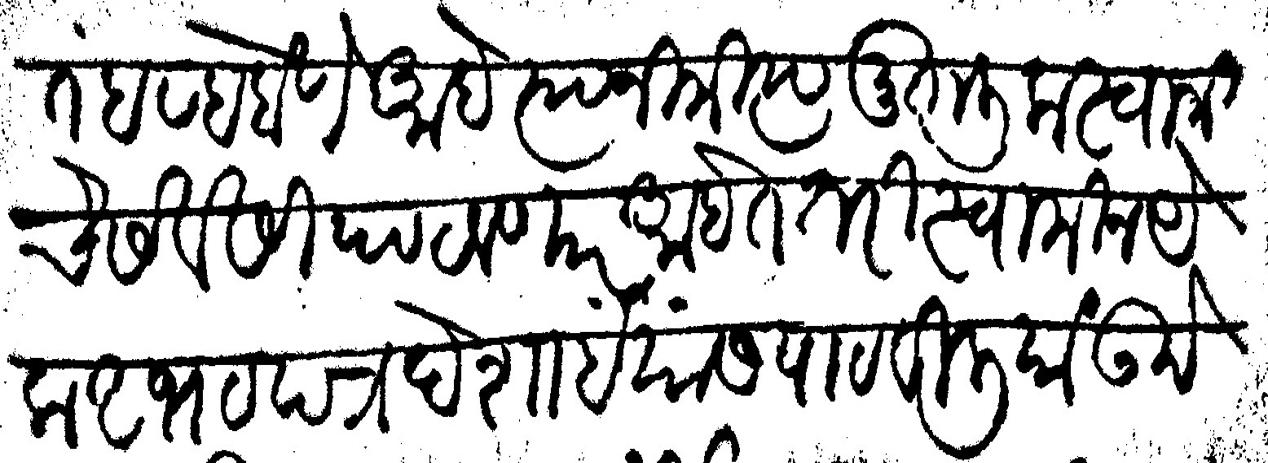
Transliteration (Devanagari): तहरह होणे आहे त्यानिमित्य मुतालीक स्वामी चे सेवेसी पाठवणार आहेत तरी स्वामीन येक अभयपत्र देशांई यांस पाठविलियां उमेदवार